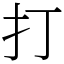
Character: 打